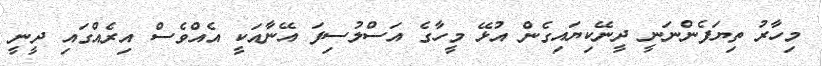
މިހާރު ތިޔަފެންނަނީ ދީނޭކިޔައިގެން އުޅޭ މީހާގެ އަސްލުސިފަ އޭނާއަކީ އެއްވެސް އިރެއްގައި ދީނީ